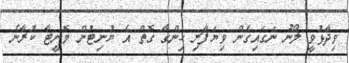
ވިދާޅުވީ ލޯނު ނަގައިގެން ވިޔަފާރި ހިންގާ ގޮތް އެ ޔުނިޓުން މޮނީޓާ ކުރާނެ